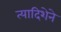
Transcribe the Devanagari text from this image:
त्यादिशेने